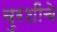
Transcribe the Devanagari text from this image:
बुरशींचे